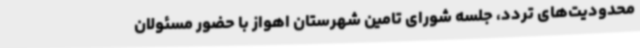
محدودیت‌های تردد، جلسه شورای تامین شهرستان اهواز با حضور مسئولان